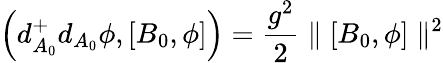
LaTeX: \left(d_{A_{0}}^{+}d_{A_{0}}\phi,[B_{0},\phi]\right)={\frac{g^{2}}{2}}\parallel[B_{0},\phi]\parallel^{2}